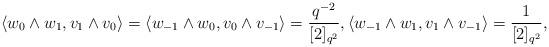
LaTeX: \begin{align*}\langle w_0 \wedge w_1, v_1 \wedge v_0 \rangle = \langle w_{-1} \wedge w_0, v_0 \wedge v_{-1} \rangle = \frac{q^{-2}}{[2]_{q^2}}, \langle w_{-1} \wedge w_1, v_1 \wedge v_{-1} \rangle = \frac{1}{[2]_{q^2}},\end{align*}